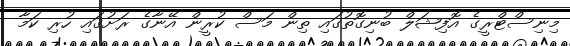
މިނިސްޓްރީގެ އޮފިޝަލް ބުނިގޮތުގައި ތިން މަސް ކުރީން އޭނާގެ ރަށުގައި ހުރި ކަމާ